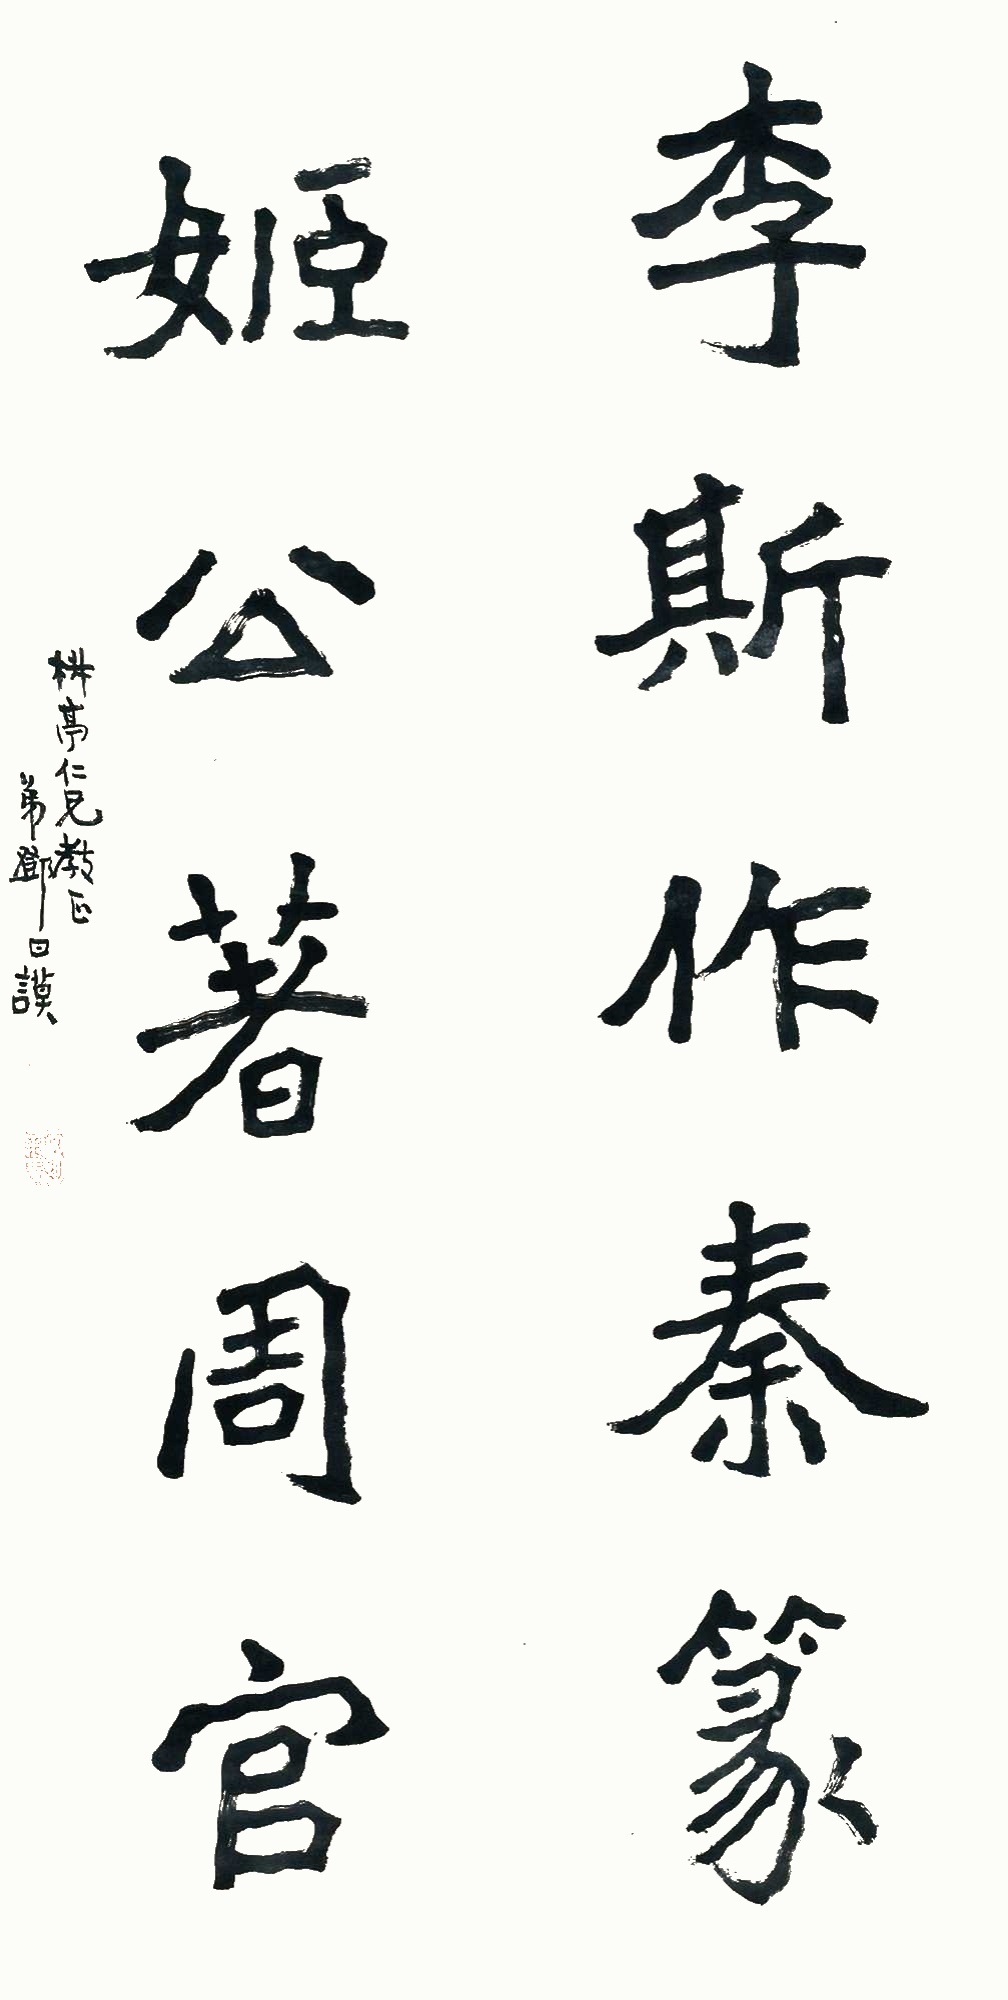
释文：李斯作秦篆，姬公著周官。椒亭仁兄教正，弟邓曰谟。